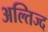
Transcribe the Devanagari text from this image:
अल्तिज्द